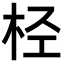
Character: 𣐕